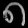
Digit: ၈